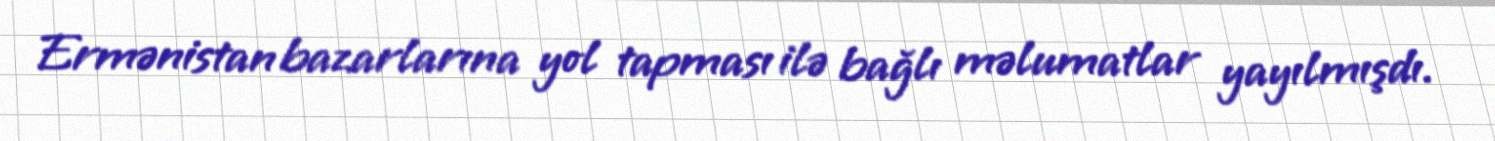
Ermənistan bazarlarına yol tapması ilə bağlı məlumatlar yayılmışdı.